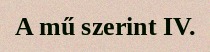
A mű szerint IV.